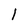
Character: 1